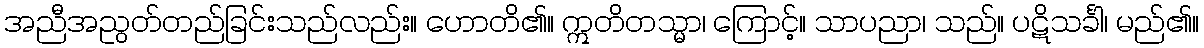
အညီအညွတ်တည်ခြင်းသည်လည်း။ ဟောတိ၏။ ဣတိတသ္မာ၊ ကြောင့်။ သာပညာ၊ သည်။ ပဋိသင်္ခါ၊ မည်၏။